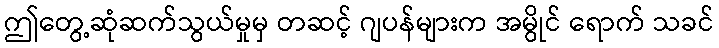
ဤတွေ့ဆုံဆက်သွယ်မှုမှ တဆင့် ဂျပန်များက အမွိုင် ရောက် သခင်